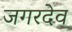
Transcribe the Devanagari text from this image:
जगरदेव